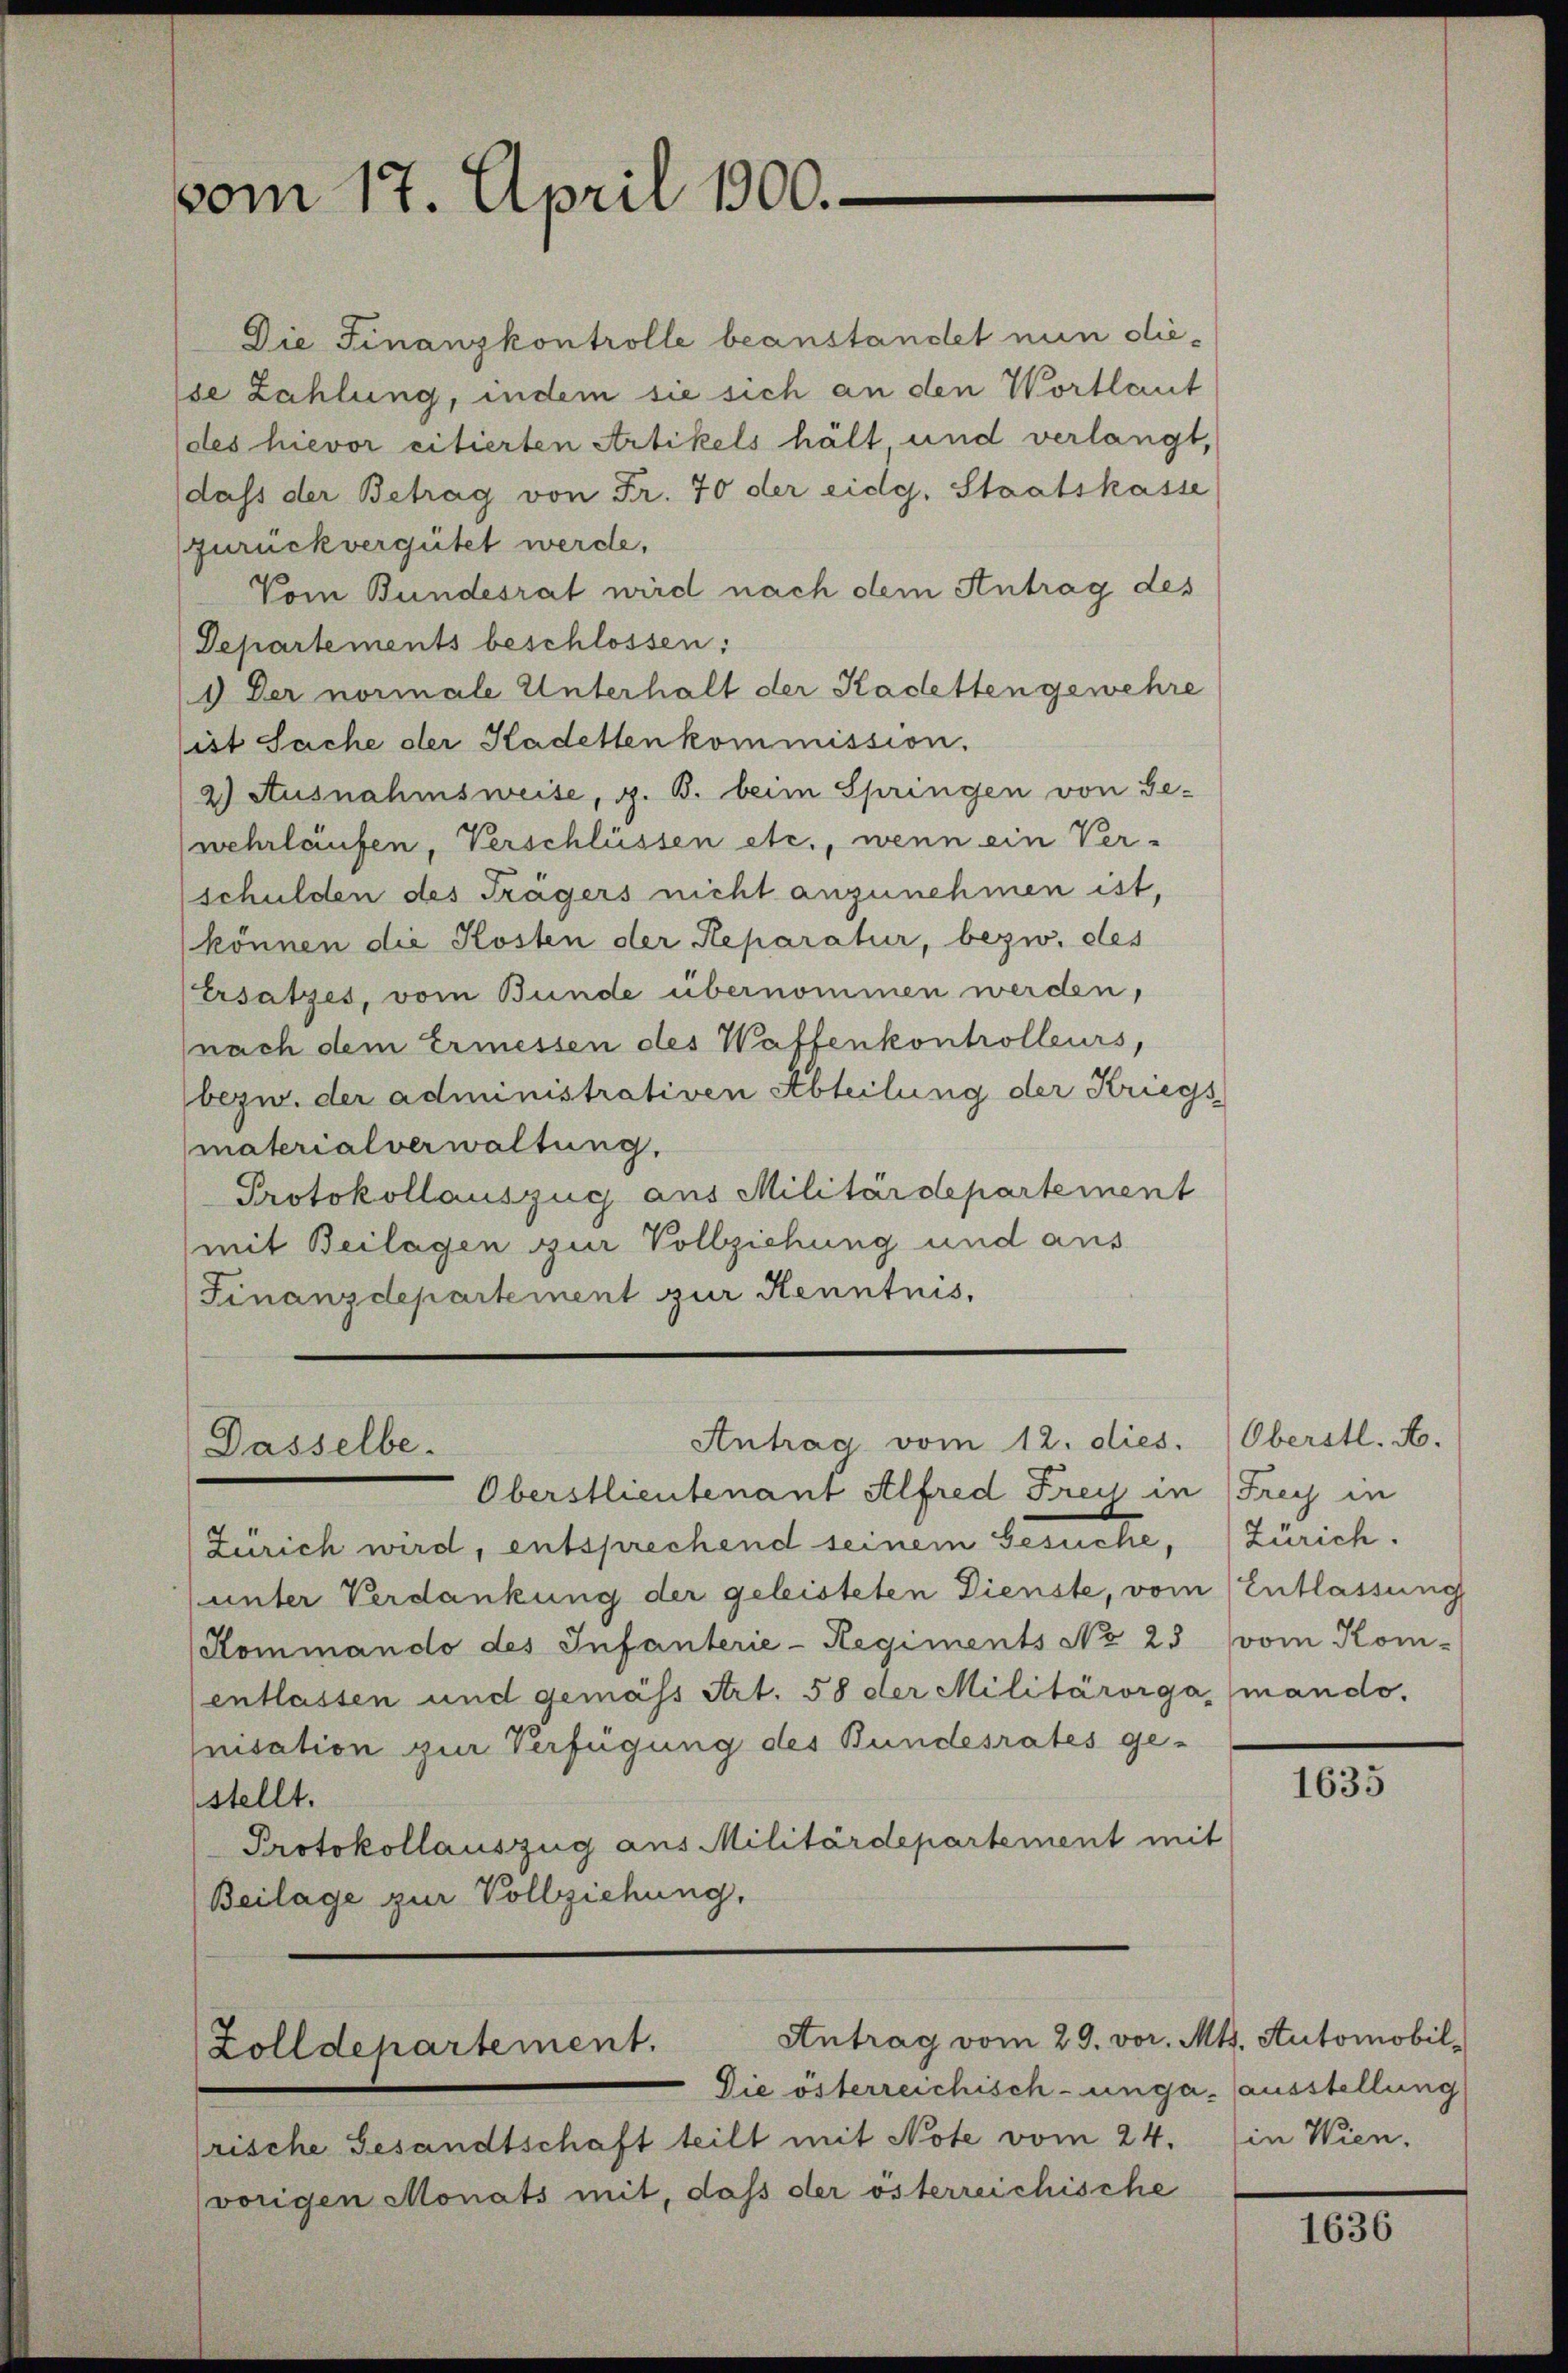
vom 17. April 1800.

Zürich wird, entsprechend seinem Gesuche, Zürich.
unter Verdankung der geleisteten Dienste, vom (Entlassung
(Kommando des Infanterie-Regiments No 23 vom Kom-
entlassen und gemäss Art. 58 der Militärorga, mando,
nisation zur Verfügung des Bundesrates gestellt.
Protokollauszug aus Militärdepartement mit
Beilage zur Vollziehung,

Die Finanzkontrolle beanstandet nun diese Zahlung, indem sie sich an den Wortlaut
des hievor citierten Artikels hält und verlangt,
dass der Betrag von Fr. 70 der eidg. Staatskasse
zurückvergütet werde.
Vom Bundesrat wird nach dem Antrag des
Departements beschlossen:
1 Der normale Unterhalt der Kadetten gewehre
ist Sache der Kadetten kommission.
2) Ausnahmsweise, z. B. beim Springen von Be-
wehrlaufen, Verschlüssen etc., wenn ein Ver-
schulden des Trägers nicht anzunehmen ist,
können die Kosten der Reparatur, bezw. des
Ersatzes, vom Bunde übernommen werden,
nach dem Ermessen des Waffenkontrolleurs,
bezw. der administrativen Abteilung der Kriegs
materialverwaltung.
Protokollauszug aus Militärdepartement
(mit Beilagen zur Vollziehung und aus
Finanzdepartement zur Kenntnis,

Dasselbe.

Die österreichisch-unga-ausstellung
rische Gesandtschaft teilt mit Note vom 24. (in Wien.
vorigen Monats mit, daß der österreichische

Antrag vom 12. dies. (Oberstl. A.

Antrag vom 29. vor. Mts. Automobil
Zolldepartement.

Oberstlieutenant Alfred Frey in Frey in

1635

1636